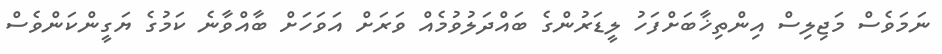
ނަމަވެސް މަޖިލިސް އިންތިޚާބަށްފަހު ލީޑަރުންގެ ބައްދަލުވުމެއް ވަރަށް އަވަހަށް ބާއްވާނެ ކަމުގެ ޔަގީންކަންވެސް